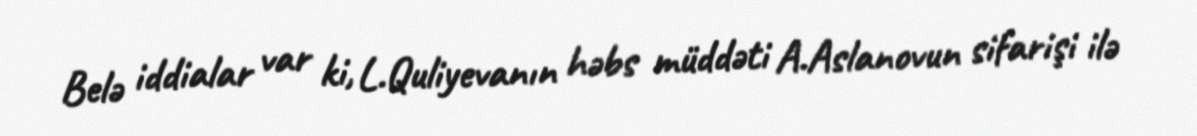
Belə iddialar var ki, L.Quliyevanın həbs müddəti A.Aslanovun sifarişi ilə